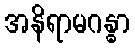
အနိရာမဂန္ဓာ